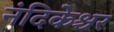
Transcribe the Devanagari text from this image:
नंदिकेश्चर